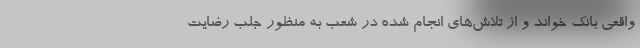
واقعی بانک خواند و از تلاش‌های انجام شده در شعب به منظور جلب رضایت